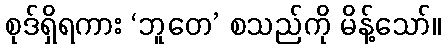
စုဒ်ရှိရကား ‘ဘူတေ’ စသည်ကို မိန့်သော်။